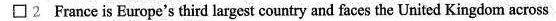
\Box 2 France is Europe's third largest country and faces the United Kingdom across